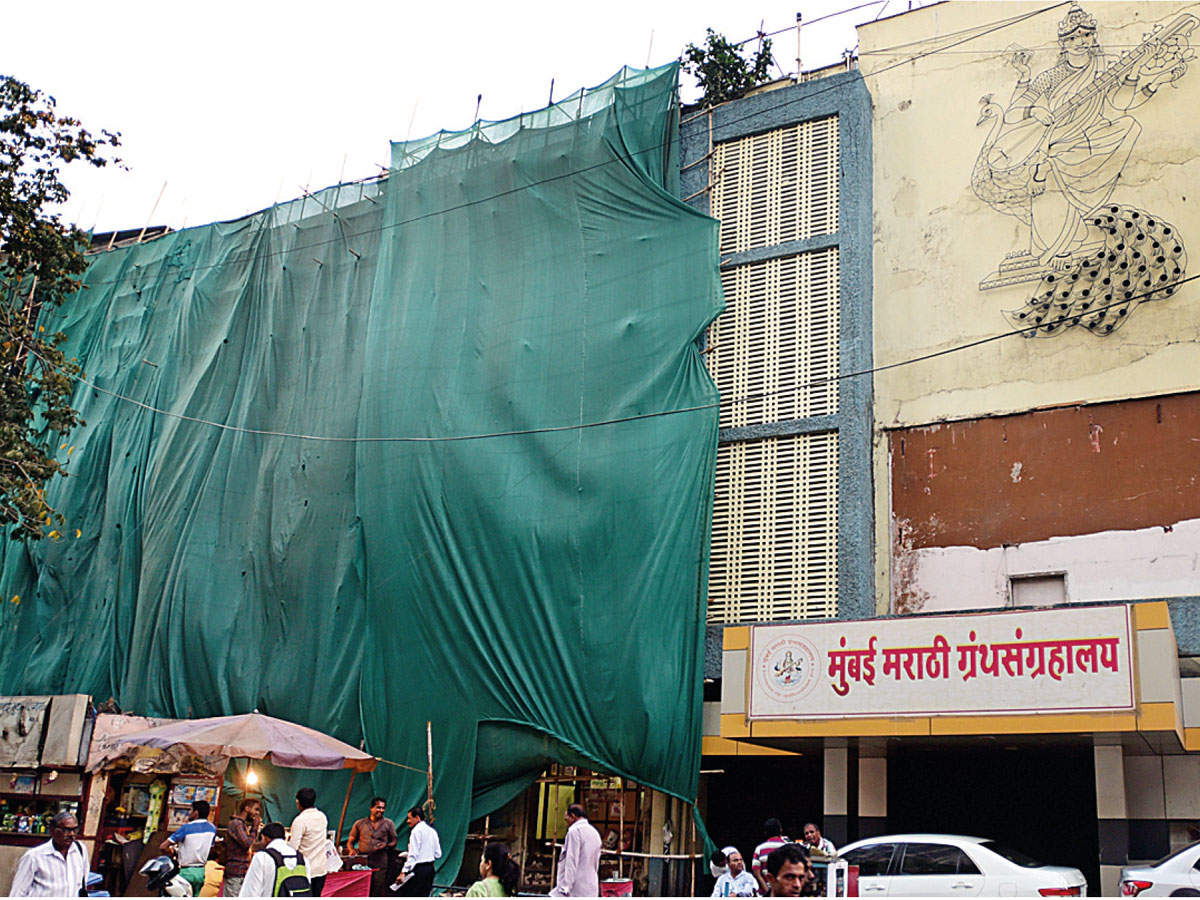
Language: marathi
Transcription: मुंबई मराठी ग्रंथसंग्रहालय